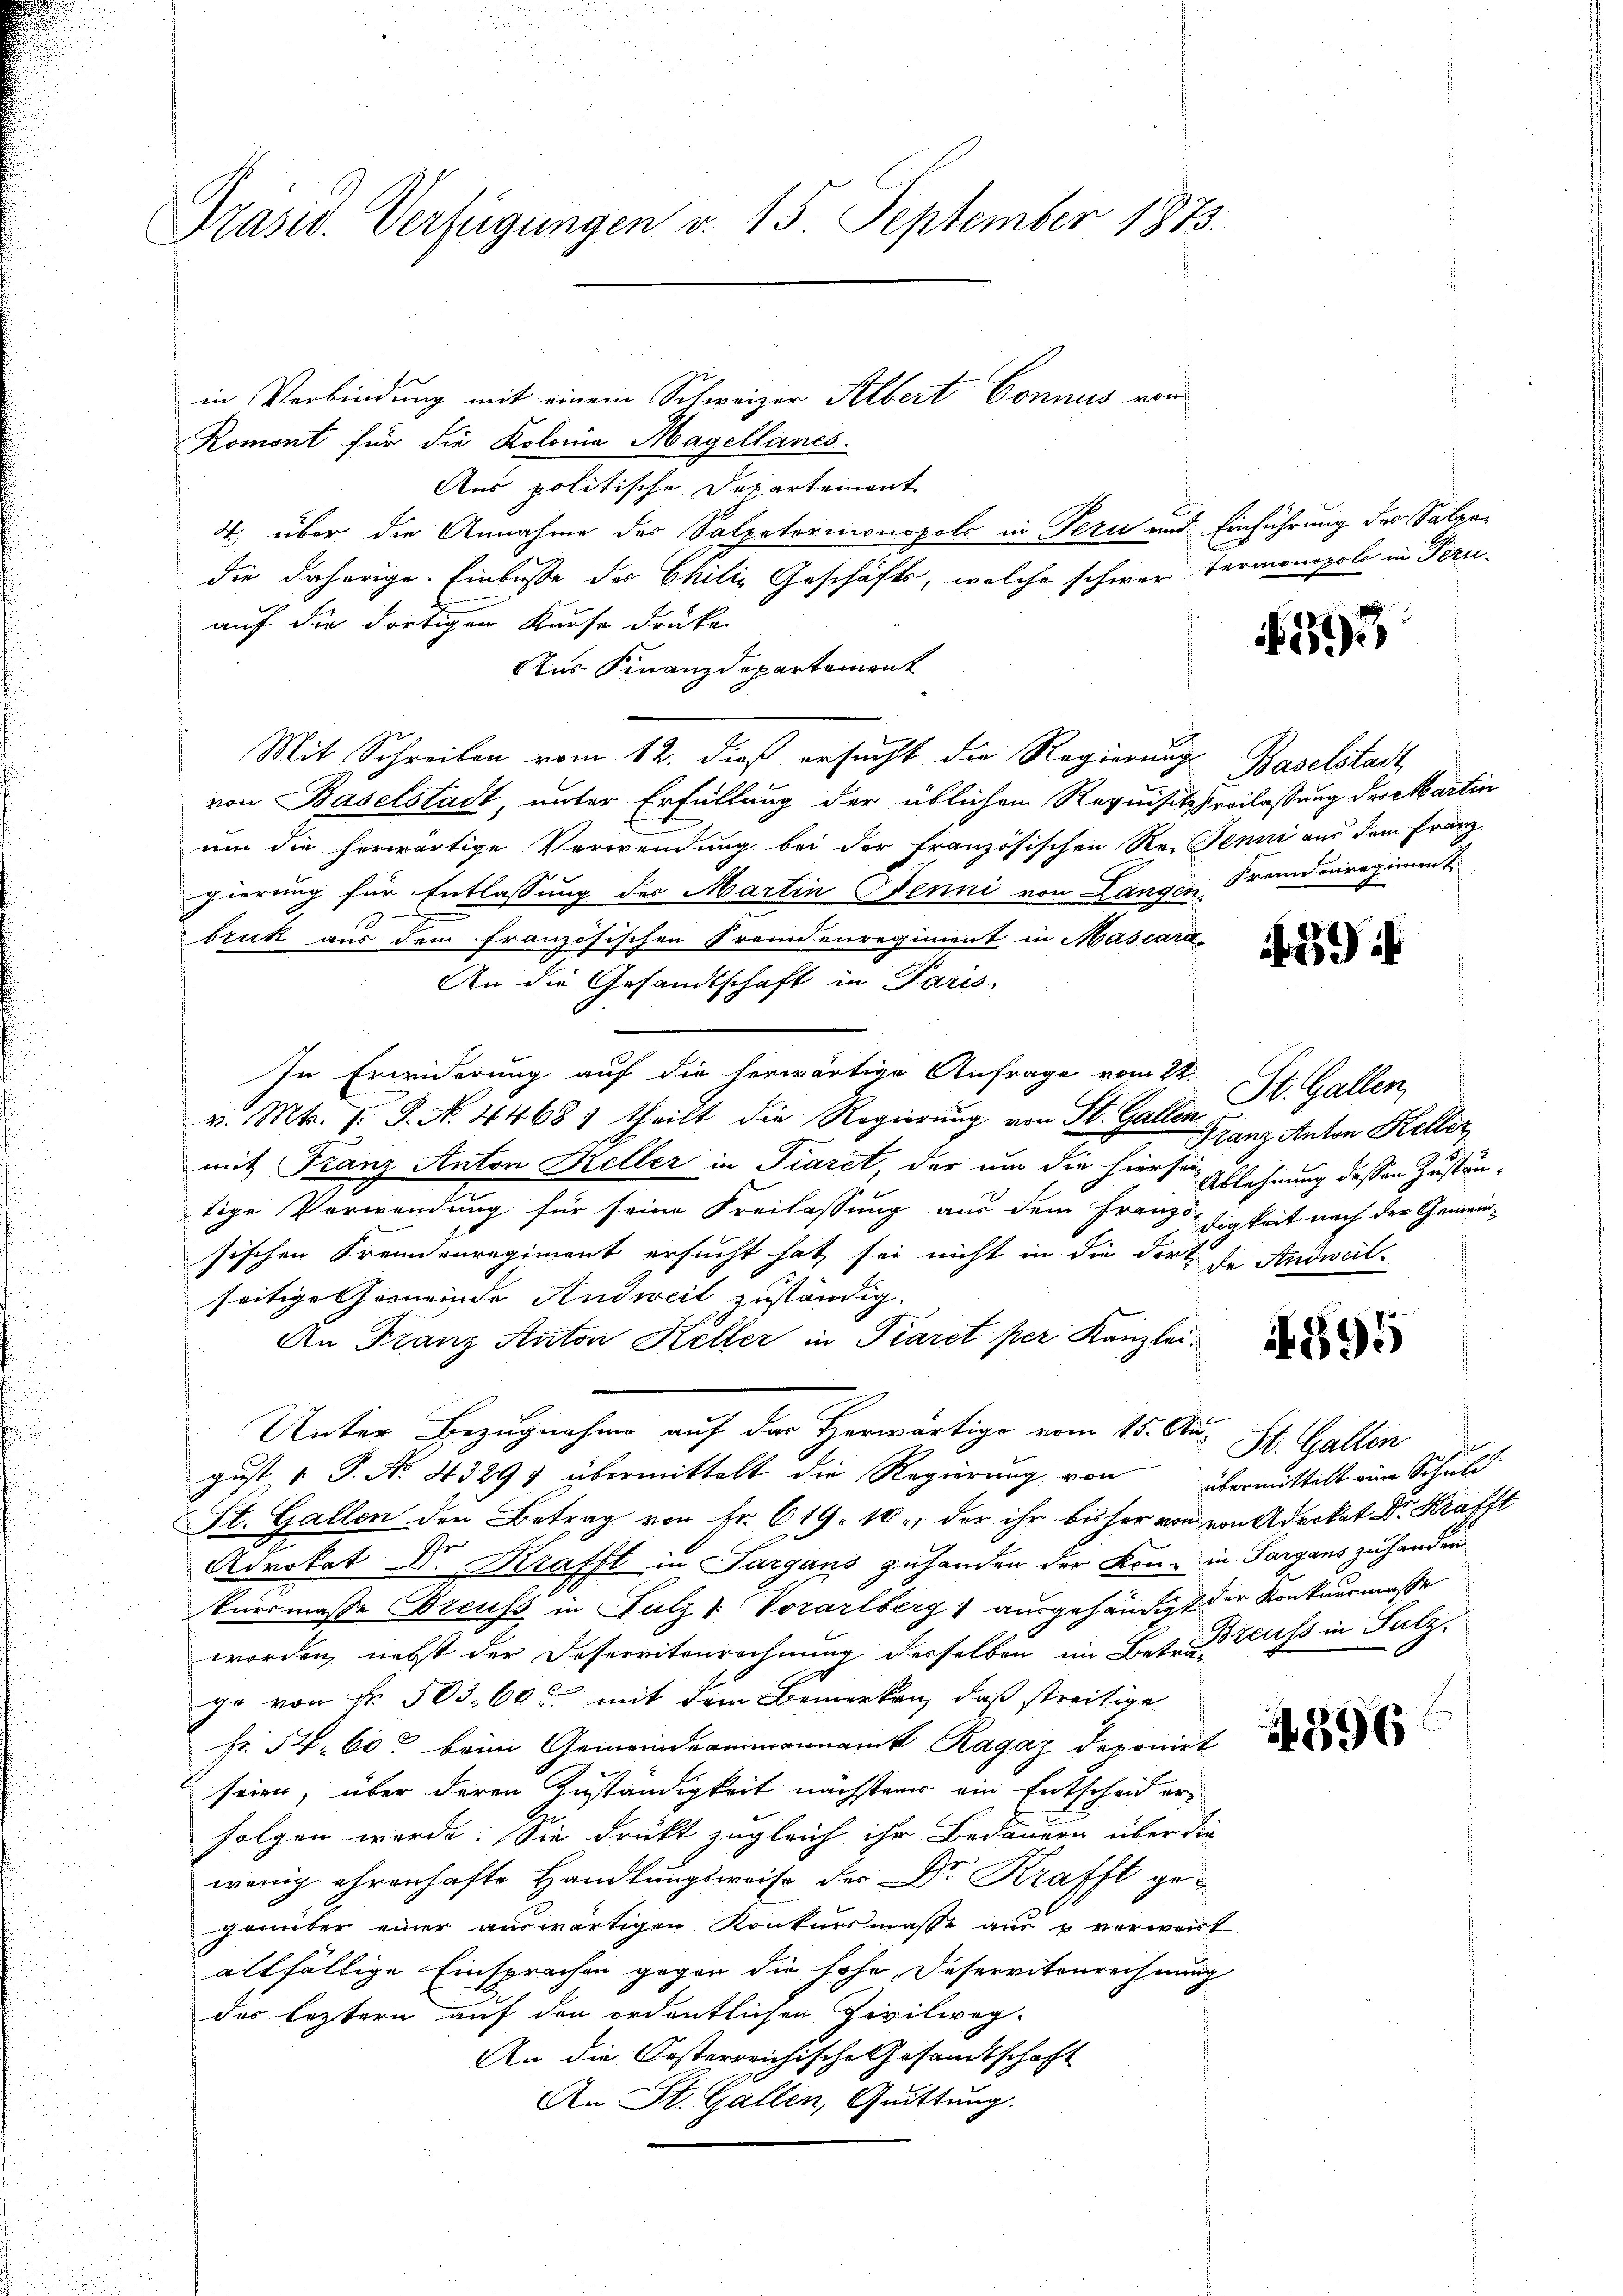
Präsid. Verfügungen d. 15. September 1873.

in Verbindung mit einem Schweizer Albert Connus von
Romont für die Kolomnia Magellanes.
Aus politische Departement
4. über die Annahme des Salpetorionopold in Peru und Einführung des Salzadie daherige. Einbusse der Chilis Geschäfts, welche schwer fermonopole in Peruauf die dortigen Kurse drücken
Nur Finanzdepartement
Mit Schreiben vom 12. dieß ersucht die Regierungs
von Baselstadt, unter Erfüllung der üblichen Requisitzreilassung der Martin
um die herwärtige Verwendung bei der französischen Reisenni aus dem Franz-
gierung für Entlassung des Martin Benni von Langen, Fremdenregiment
bruk aus dem französischen Frennenregiment in Mascara¬
An die Gesandtschaft in Paris
In Erwiderung auf die herwärtige Anfrage vom 22.
v. Mts. z. B. N. 44681 theilt die Regierung von St. Gallen
mit Franz Anton Keller in Tieret, der um die hierson Ablehnung dessen Zustäntige Verwendung für seine Freilassung aus dem Franzssigkeit nach der Gemein-
sischen Fremdenregiment ersucht hat, sei nicht in die dort de Andweil
seitige Gemeinde Andweit zuständig.
An Franz Anton Keller in Piaret per Kanzlei¬
Unter Bezugnahme auf das Herwärtige vom 15. Au-
gust 1 P. No 4329 übermittelt die Regierung von übermittelt eine Schuld
St. Gallen den Betrag von Fr. 619. 10, der ihr bisher von von Advokat Dr. Krafft
Advokat Dr. Kraffl in Sargans zuhanden der Könne in Sargaus zuhanden
kursmasse treuss in Fulz / Vorarlberg ausgehändigt der Konkursmaße
worden, nebst der Desereitenrechnung derselben im Betriftlichs in Salz
ge von Nr. 503,60 mit dem Bemerken, daß streitige
Fr. 5. 60. beim Gemeindeammannamt Ragaz deponirt
seien, über deren Zuständigkeit nächsteur ein Entscheid erfolgen werde. Sie drückt zugleich ihr Bedauern über die
wenig ehrenhafte Handlungsweise der Dr Krafft gegenüber einer auswärtigen Konkursmasse aus & verweist
allfällige Einsprachen gegen die hohe Deservitenrechnung
des leztern auf den ordentlichen Zivileg-
An die Oesterreichische Gesandtschaft
An St. Gallen, Quittung.

242

Baselstadt

429

St. Gallen,
Franz Anton Keller

895

St. Gallen

896